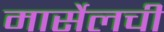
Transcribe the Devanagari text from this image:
मार्सेलची